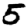
Digit: 5